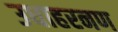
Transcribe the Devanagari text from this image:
उधाहरनण